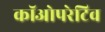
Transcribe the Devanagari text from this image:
कॉओपरेटिव